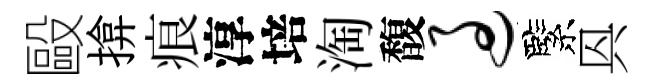
毆揜痕淳培淘馥过緊㒷